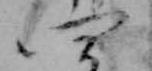
四